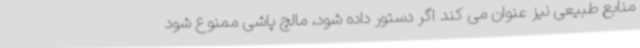
منابع طبیعی نیز عنوان می کند اگر دستور داده شود، مالچ پاشی ممنوع شود